Annual administration report of the Civil Veterinary Department of India - 1902-1903
Year: 1902
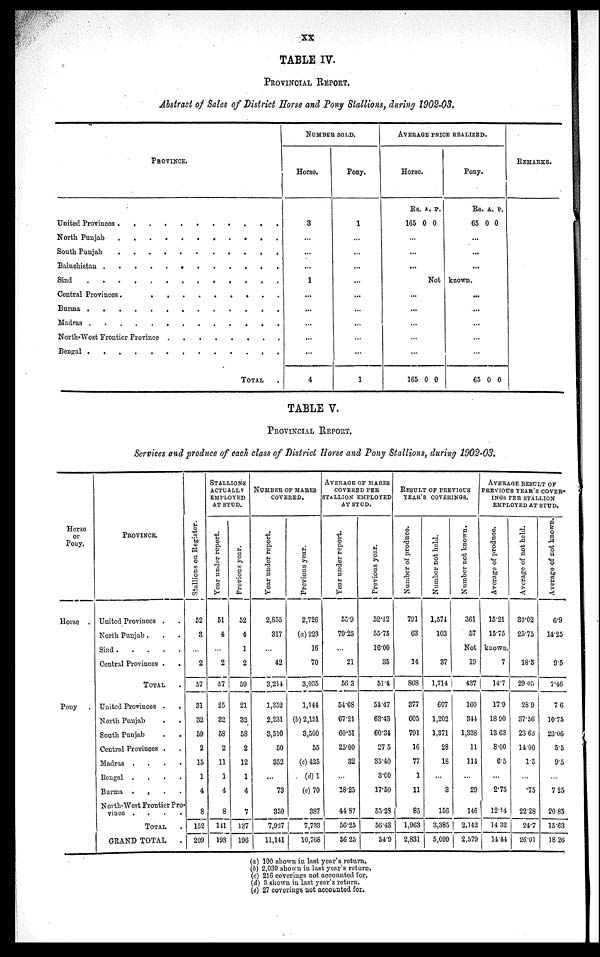
XX
TABLE IV.
PROVINCIAL REPORT.
Abstract of Sales of District Horse and Pony Stallions, during 1902-03.
PROVINCE.
United Provinces . . . . . . . . . .
North Punjab . . . . . . . . . .
South Punjab . . . . . . . . . .
Baluchistan . . . . . . . . . . .
Sind . . . . . . . . . . . .
Central Province . . . . . . . . . .
Burma . . . . . . . . . . . .
Madras . . . . . . . . . . . .
North-West Frontier Province . . . . . . . . .
Bengal . . . . . . . . . . . .
TOTAL .
NUMBER SOLD.
Horse.
3
...
...
...
1
...
...
...
...
...
4
Pony.
1
...
...
...
...
...
...
...
...
...
1
AVERAGE PRICE REALIZED.
Horse.
Rs.
165
A.
0
P.
0
...
...
Pony.
Rs
65
A.
0
P.
0
...
...
...
Not known.
...
...
...
...
165 0 0
...
...
...
...
...
65 0 0
REMARKS.
TABLE V.
PROVINCIAL REPORT.
Services and produce of each class of District Horse and Pony Stallions, during 1902-03.
Horse
or
Pony.
Horse .
Pony .
PROVINCE.
United Provinces . .
North Punjab . . .
Sind . . . . .
Central Provinces .
.
TOTAL .
United Provinces .
.
North Punjab . .
South Punjab . .
Central Provinces . .
Madras .
.
.
.
Bengal .
.
.
.
Burma .
.
.
.
North-West Frontier Pro-
vince .
.
.
.
TOTAL .
GRAND TOTAL
.
Stallions on Register.
52
3
...
2
57
31
32
59
2
15
1
4
8
152
209
STALLIONS
ACTUALLY
EMPLOYED
AT STUD.
Year under report.
51
4
...
2
57
25
32
58
2
11
1
4
8
141
198
Previous year.
52
4
1
2
59
21
32
58
2
12
1
4
7
137
196
NUMBER OF MARES
COVERED.
Year under report.
2,855
317
...
42
3,214
1,352
2,231
3,510
50
352
...
73
359
7,927
11,141
Previous year.
2,726
(a) 223
16
70
3,035
1,144
(b) 2,151
3,500
55
(c) 425
(d) 1
(e)70
387
7,733
10,768
AVERAGE OF MARES
COVERED PER
STALLION EMPLOYED
AT STUD.
Year under report.
55.9
79.25
...
21
56 3
54.08
67.21
60.51
25.00
32
...
18.25
44.87
56.25
56.25
Previous year.
52.42
55.75
16.00
35
51.4
51.47
63.43
60.31
27 5
35.40
3.00
17.50
55.28
56.43
54.9
RESULT OF PREVIOUS
YEAR'S COVERINGS.
Number of produce.
791
63
14
868
377
605
791
16
77
1
11
85
1,963
2,831
Number not held.
1,574
103
37
1,714
607
1,202
1,371
28
18
...
3
156
3,385
5,099
Number not known.
361
57
AVERAGE RESULT OP
PREVIOUS YEAR'S COVER-
INGS PER STALLION
EMPLOYED AT STUD.
Average of produce.
15.21
15.75
Not known.
19
437
160
344
1,338
11
114
...
29
146
2,142
2,579
7
14.7
17.9
18.90
13.63
8.00
6.5
...
2.75
12.14
14.32
14.44
Average of not held.
30.02
25.75
18.5
29 05
289
37.56
23 63
1400
1.5
...
.75
22.28
24.7
26.01
Average of not known.
6.9
14.25
9.5
7.46
7.6
1075
23.06
5.5
9.5
...
7 25
20 85
15.63
18.26
(a) 100 shown in last year's return,
(b) 2,030 shown in last year's return.
(c) 216 coverings not accounted for.
(d) 3 shown in last year's return.
(e) 27 coverings not accounted for.